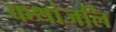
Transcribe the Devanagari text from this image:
कथांजलि